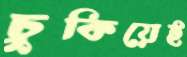
চুকিয়েই